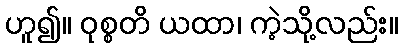
ဟူ၍။ ဝုစ္စတိ ယထာ၊ ကဲ့သို့လည်း။